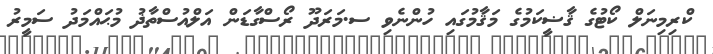
ކްރިމިނަލް ކޯޓުގެ ޤާޟީކަމުގެ މަޤާމުގައި ހުންނެވި ސ.މަރަދޫ ރޯސްގާޑަން އަލްއުސްތާޛު މުޙައްމަދު ސަމީރު